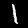
Digit: 1